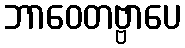
ဘာဝေတဗ္ဗာပေ